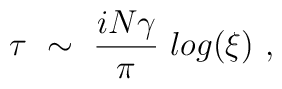
\tau ~\sim~ { i N \gamma \over  \pi} ~ log (\xi) \ ,